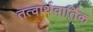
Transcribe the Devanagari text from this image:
तत्वार्थवार्तिक